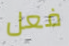
فعل